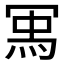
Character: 𭁽